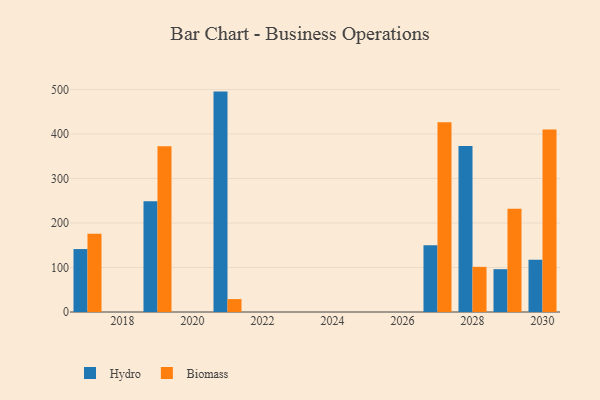
{"axis": {"x": "Year", "y": "Shipments"}, "legend": ["Biomass", "Hydro"], "data": [{"x": "2019", "y": 248.8, "type": "Hydro"}, {"x": "2019", "y": 372.4, "type": "Biomass"}, {"x": "2027", "y": 150.2, "type": "Hydro"}, {"x": "2027", "y": 426.6, "type": "Biomass"}, {"x": "2029", "y": 96.2, "type": "Hydro"}, {"x": "2029", "y": 231.9, "type": "Biomass"}, {"x": "2017", "y": 141.4, "type": "Hydro"}, {"x": "2017", "y": 175.9, "type": "Biomass"}, {"x": "2030", "y": 117.4, "type": "Hydro"}, {"x": "2030", "y": 410.0, "type": "Biomass"}, {"x": "2021", "y": 495.2, "type": "Hydro"}, {"x": "2021", "y": 29.0, "type": "Biomass"}, {"x": "2028", "y": 372.8, "type": "Hydro"}, {"x": "2028", "y": 101.4, "type": "Biomass"}]}